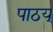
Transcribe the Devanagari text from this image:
पाठय्‌